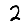
Digit: 2